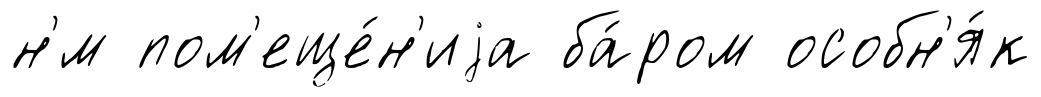
н'́м пом'еще́н'иjа ба́ром особн'я́к